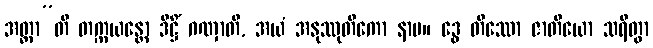
အတ္တာ”တိ တက္ကယန္တော ဒိဋ္ဌိံ ဂဏှာတိ, အယံ အနုဿုတိကော နာမ။ ဒွေ တိဿော ဇာတိယော သရိတွာ